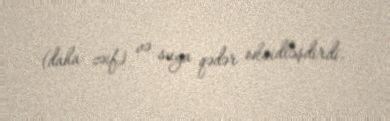
(daha zəif) və suya qədər oksidləşdirdi.